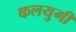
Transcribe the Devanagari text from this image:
कलयुगी